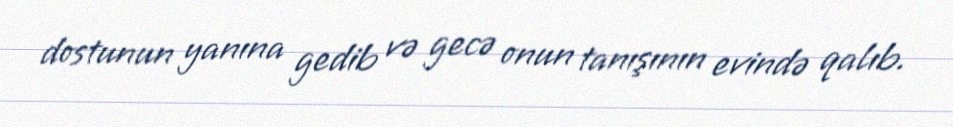
dostunun yanına gedib və gecə onun tanışının evində qalıb.